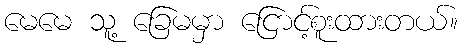
မေမေ သူ့ ခြေမမှာ ငြောင့်စူးထားတယ်။